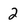
Character: 2